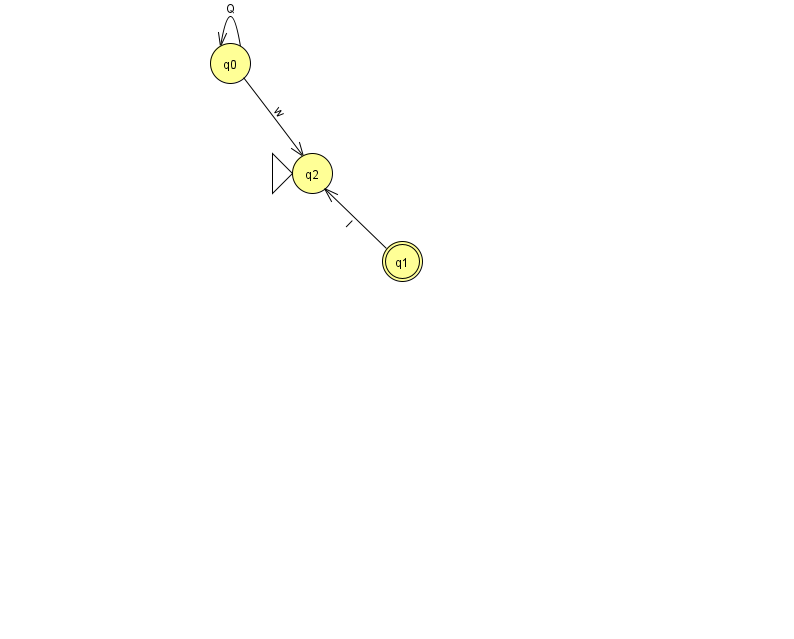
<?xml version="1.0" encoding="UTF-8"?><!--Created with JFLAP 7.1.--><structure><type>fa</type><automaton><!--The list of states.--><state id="0" name="q0"><x>230.0</x><y>50.0</y></state><state id="1" name="q1"><x>402.0</x><y>248.0</y><final/></state><state id="2" name="q2"><x>312.0</x><y>160.0</y><initial/></state><!--The list of transitions.--><transition><from>0</from><to>0</to><read>Q</read></transition><transition><from>0</from><to>2</to><read>w</read></transition><transition><from>1</from><to>2</to><read>l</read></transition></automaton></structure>